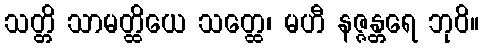
သတ္တိ သာမတ္ထိယေ သတ္ထေ၊ မဟီ နဇ္ဇန္တရေ ဘုဝိ။